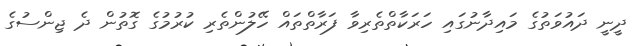
ދީނީ ދައުވަތުގެ މައިދާނުގައި ހަރަކާތްތެރިވާ ފަރާތްތައް ހޭލުންތެރި ކުރުމުގެ ގޮތުން ދެ ޖިންސުގެ